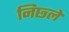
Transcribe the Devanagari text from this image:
निछ्ले